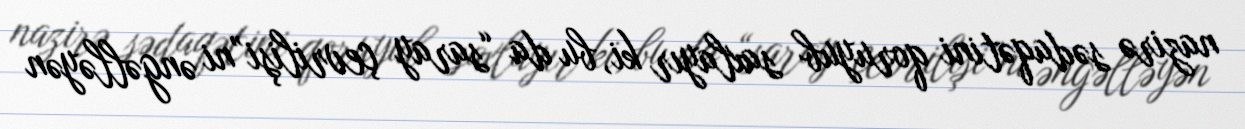
nazirə sədaqətini qoruyub saxlayır ki, bu da “saray çevrilişi”ni əngəlləyən